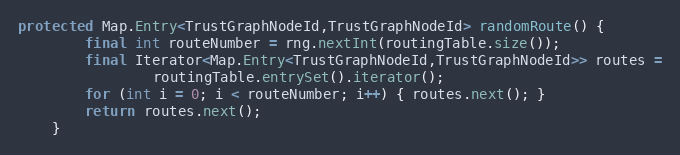
Language: Java
protected Map.Entry<TrustGraphNodeId,TrustGraphNodeId> randomRoute() {
        final int routeNumber = rng.nextInt(routingTable.size());
        final Iterator<Map.Entry<TrustGraphNodeId,TrustGraphNodeId>> routes =
                routingTable.entrySet().iterator();
        for (int i = 0; i < routeNumber; i++) { routes.next(); }
        return routes.next();
    }